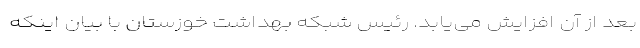
بعد از آن افزایش می‌یابد. رئیس شبکه بهداشت خوزستان با بیان اینکه